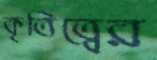
কৃতিত্বের